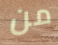
من